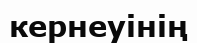
кернеуінің